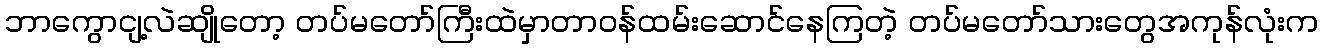
ဘာကွောငျ့လဲဆျိုတော့ တပ်မတော်ကြီးထဲမှာတာဝန်ထမ်းဆောင်နေကြတဲ့ တပ်မတော်သားတွေအကုန်လုံးက